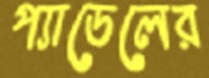
প্যাডেলের